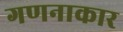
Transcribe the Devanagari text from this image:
गणनाकार